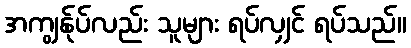
အကျွန်ုပ်လည်း သူများ ရပ်လျှင် ရပ်သည်။